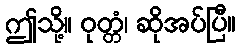
ဤသို့။ ဝုတ္တံ၊ ဆိုအပ်ပြီ။